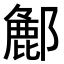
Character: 𮠌